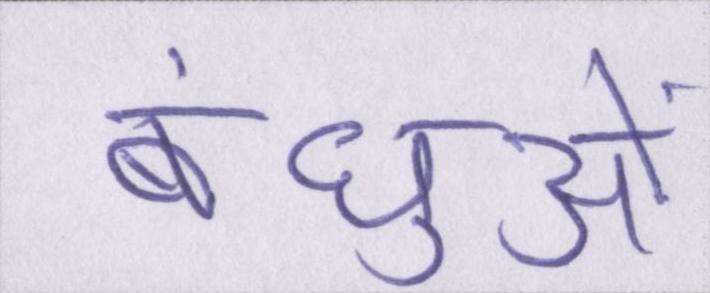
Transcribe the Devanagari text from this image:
बंधुओं